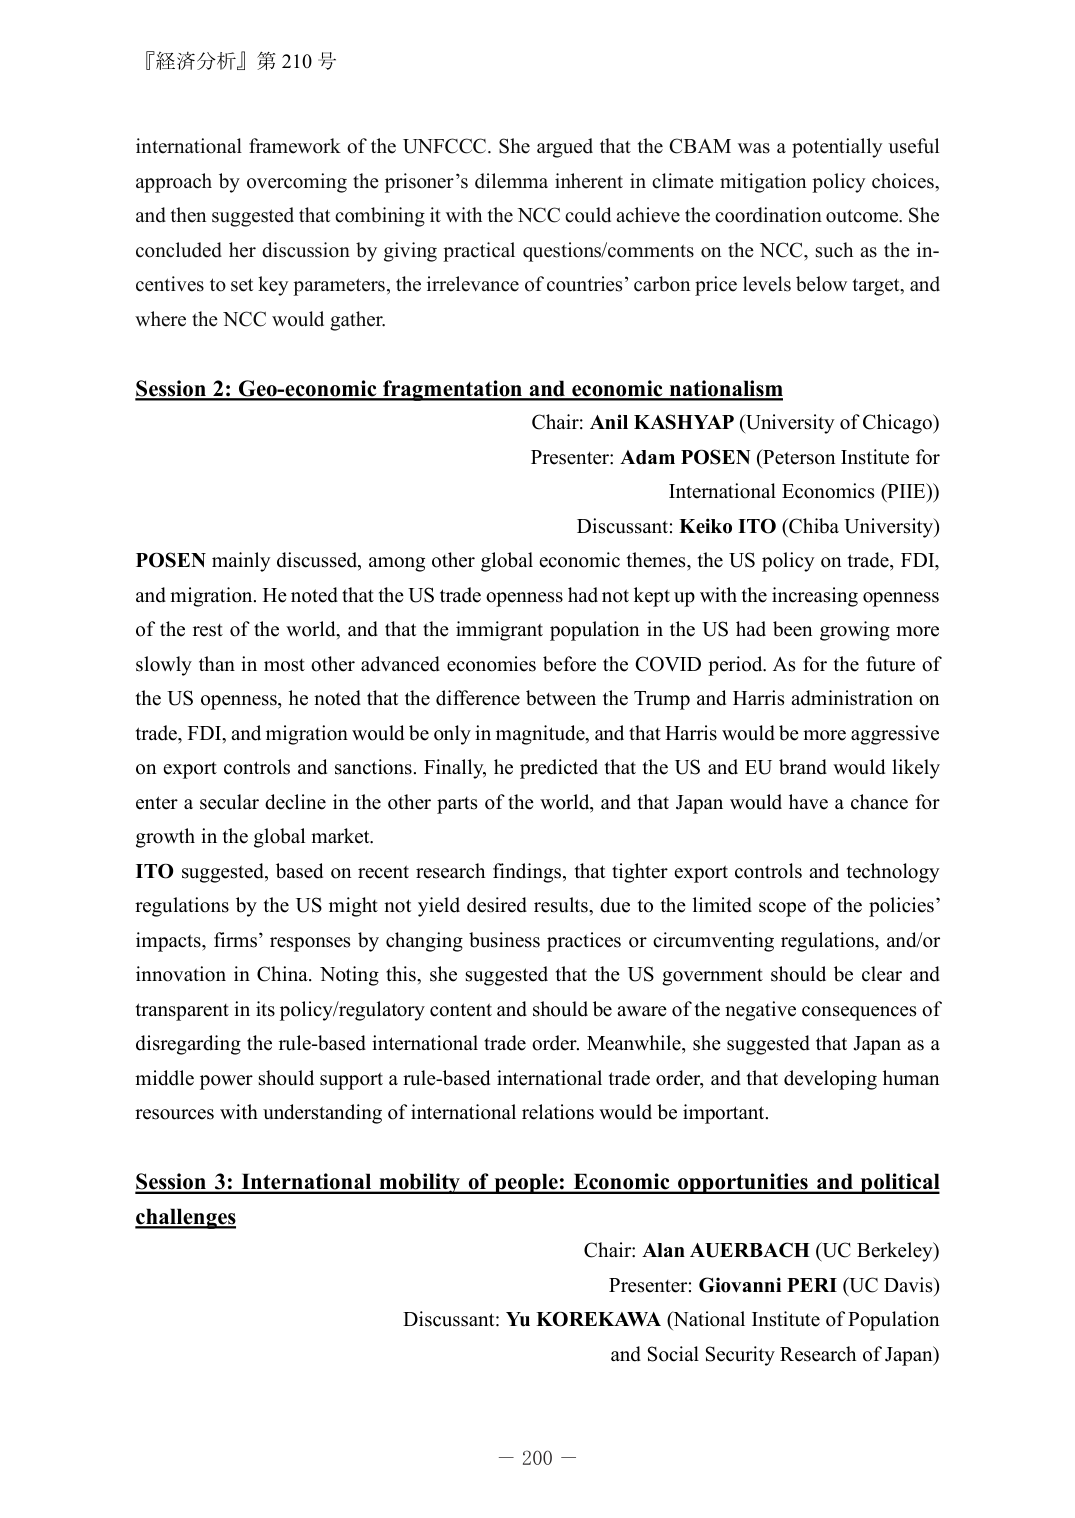
『経済分析』第 210 号

international framework of the UNFCCC. She argued that the CBAM was a potentially useful approach by overcoming the prisoner’s dilemma inherent in climate mitigation policy choices, and then suggested that combining it with the NCC could achieve the coordination outcome. She concluded her discussion by giving practical questions/comments on the NCC, such as the incentives to set key parameters, the irrelevance of countries’ carbon price levels below target, and where the NCC would gather.

Session 2: Geo-economic fragmentation and economic nationalism
Chair: Anil KASHYAP (University of Chicago)
Presenter: Adam POSEN (Peterson Institute for International Economics (PIIE))
Discussant: Keiko ITO (Chiba University)

POSEN mainly discussed, among other global economic themes, the US policy on trade, FDI, and migration. He noted that the US trade openness had not kept up with the increasing openness of the rest of the world, and that the immigrant population in the US had been growing more slowly than in most other advanced economies before the COVID period. As for the future of the US openness, he noted that the difference between the Trump and Harris administration on trade, FDI, and migration would be only in magnitude, and that Harris would be more aggressive on export controls and sanctions. Finally, he predicted that the US and EU brand would likely enter a secular decline in the other parts of the world, and that Japan would have a chance for growth in the global market.

ITO suggested, based on recent research findings, that tighter export controls and technology regulations by the US might not yield desired results, due to the limited scope of the policies’ impacts, firms’ responses by changing business practices or circumventing regulations, and/or innovation in China. Noting this, she suggested that the US government should be clear and transparent in its policy/regulatory content and should be aware of the negative consequences of disregarding the rule-based international trade order. Meanwhile, she suggested that Japan as a middle power should support a rule-based international trade order, and that developing human resources with understanding of international relations would be important.

Session 3: International mobility of people: Economic opportunities and political challenges
Chair: Alan AUERBACH (UC Berkeley)
Presenter: Giovanni PERI (UC Davis)
Discussant: Yu KOREKAWA (National Institute of Population and Social Security Research of Japan)

－ 200 －